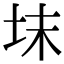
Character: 𡊉